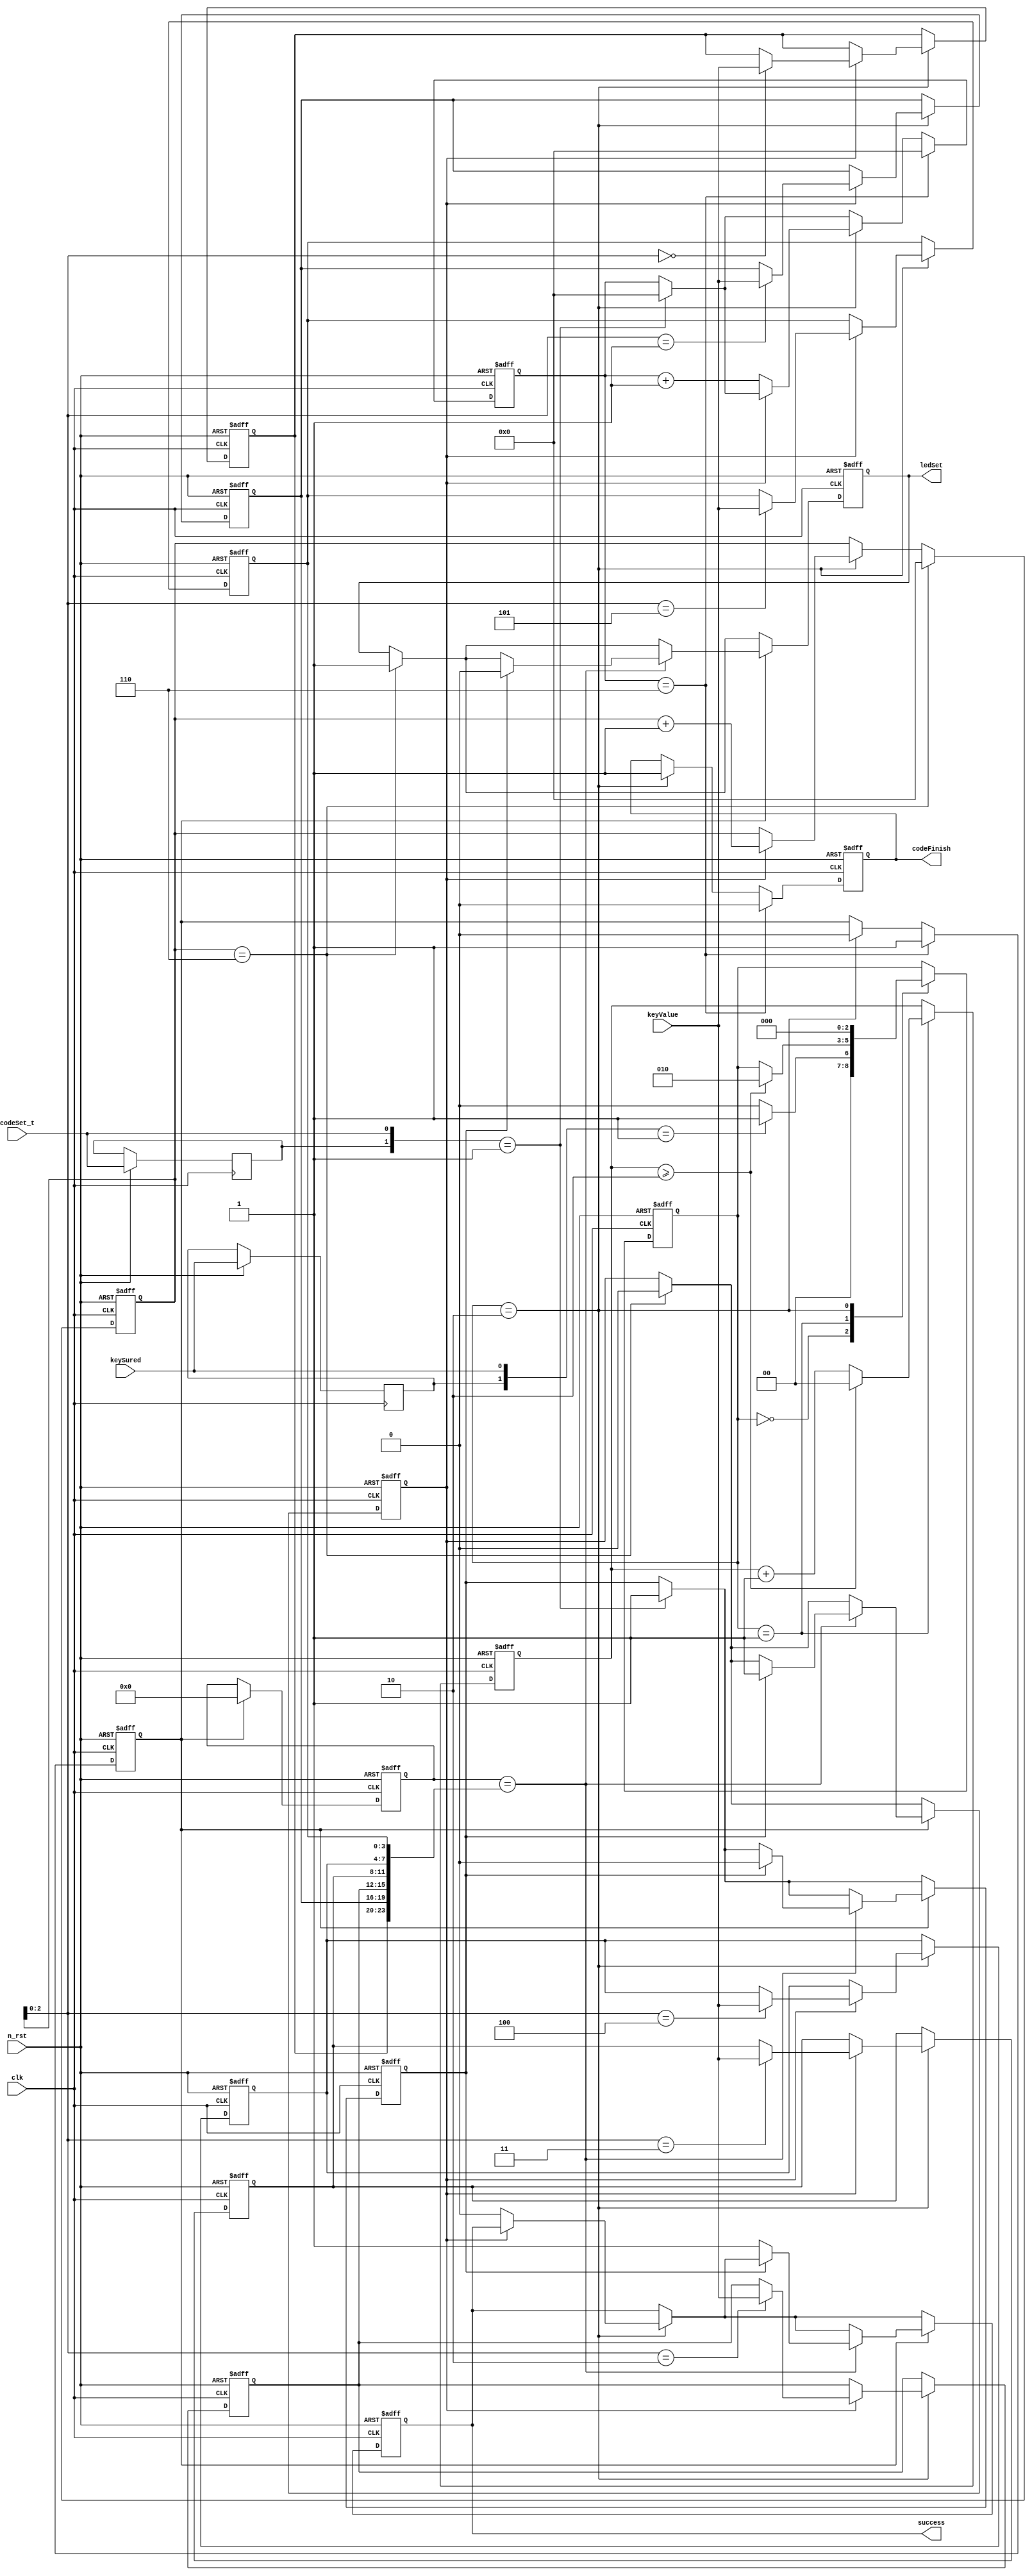
`timescale 1ns / 1ps
//////////////////////////////////////////////////////////////////////////////////
// Company: 
// Engineer: 
// 
// Design Name:    code_lock
// Module Name:    codeInput 
// Project Name: 
// Target Devices: xc6slx150-3fgg484
// Tool versions:  ISE 14.7
// Description: 
//
// Dependencies: 
//
// Revision: 
// Revision 0.01 - File Created
// Additional Comments: 
//
//////////////////////////////////////////////////////////////////////////////////
module codeInput(
	input clk,
	input n_rst,
	input codeSet_t,
	input keySured,
	input [3:0] keyValue,
	output reg codeFinish,
	output reg success,
	output reg ledSet
	);

reg  pre_keySured;
reg [23:0] code;
reg [3:0] cnt; 
reg [3:0] newCodeCnt;
reg [1:0] waitCnt;
reg [3:0] ram[5:0];
reg [3:0] CSRam[5:0];
reg       codeSet; //set password
reg [2:0] state;
reg pre_codeSet_t;
reg verify;//verify state
reg judge_allow;//allow judge

always @(posedge clk or negedge n_rst) 
begin
	if (!n_rst) begin
		codeSet <=0;
		code <=0;
		cnt <=4'h0;
		newCodeCnt <=4'h0;
		waitCnt <= 2'b00;
		codeFinish <= 1'b1;
		success <= 1'b0;
		ledSet <= 1'b1;
		state <= 0;
		verify <= 1'b0;
		judge_allow <= 1'b0;
		{ram[0],ram[1],ram[2],ram[3],ram[4],ram[5]}<=0;
		{CSRam[0],CSRam[1],CSRam[2],CSRam[3],CSRam[4],CSRam[5]}<=24'h012345;
	end
	else begin
		pre_keySured<=keySured;
		pre_codeSet_t<=codeSet_t;

		if({pre_codeSet_t,codeSet_t}==2'b01) begin
			verify <= 1;
			cnt <= 0;
		end
	
		case (state)
		0:	begin
				if ({pre_keySured,keySured}==2'b01)	//Ready to store when entering the rising edge
					state <= 1;
				else state<=0;
			end
		1: 	begin
				if (waitCnt >= 2) begin //Wait several cycles for keyValue to be ready
					waitCnt <= 0;
					state<=2;
				end
				else waitCnt <= waitCnt + 1'b1;
			end
		2: 	begin
				if (codeSet==1) begin
					CSRam[newCodeCnt]<=keyValue;
					newCodeCnt <= newCodeCnt + 1'b1;
				end
				else begin
					ram[cnt] <= keyValue;
					cnt <= cnt + 1'b1;
					success<=1'b0;   //Isn't successful				
				end
				codeFinish<=1'b1;//Input is not over
				judge_allow <= 1'b0;//Prohibit judgment
				state<=0;
			end
		endcase
		
		if(newCodeCnt==6) begin
			newCodeCnt<=0;
			codeSet<=0;         //End of password setting
			ledSet<=1'b1;       //The password setting light is off and the password setting is completed.
		end
		
		if (cnt==6) 
		begin
			cnt <= 0;           
			codeFinish<=1'b0;   //End of password entry
			judge_allow <= 1'b1;
		end
		
		if (judge_allow==1'b1) begin
			code<={ram[0],ram[1],ram[2],ram[3],ram[4],ram[5]};
			if (code=={CSRam[0],CSRam[1],CSRam[2],CSRam[3],CSRam[4],CSRam[5]}) 
			begin
				if(verify==1) begin
					verify <= 0;
					codeSet <= 1;
					ledSet <= 1'b0;
				end
				else success<=1'b1;				
			end
			{ram[0],ram[1],ram[2],ram[3],ram[4],ram[5]}<=0;
			code<=0;
		end
	end
end
endmodule